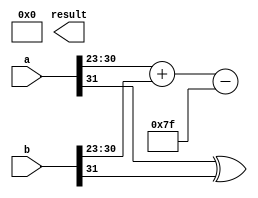
module floating_point_wallace_tree_multiplier #(
    parameter E = 8, // Number of exponent bits
    parameter M = 23, // Number of mantissa bits
    parameter BIAS = 127 // Bias for the exponent
)(
    input wire [E + M:0] a, // Input floating-point number A
    input wire [E + M:0] b, // Input floating-point number B
    output reg [E + M:0] result // Output floating-point number
);

    // Extract sign, exponent, and mantissa
    wire sign_a = a[E + M]; // Sign bit of A
    wire sign_b = b[E + M]; // Sign bit of B
    wire [E - 1:0] exp_a = a[E + M - 1:E + M - E]; // Exponent of A
    wire [E - 1:0] exp_b = b[E + M - 1:E + M - E]; // Exponent of B
    wire [M:0] mant_a = {1'b1, a[M - 1:0]}; // Mantissa of A (implicit leading 1)
    wire [M:0] mant_b = {1'b1, b[M - 1:0]}; // Mantissa of B (implicit leading 1)

    // Sign calculation
    wire sign_result = sign_a ^ sign_b;

    // Exponent calculation
    wire [E:0] exp_result = exp_a + exp_b - BIAS; // Result exponent (with bias adjustment)

    // Mantissa multiplication using Wallace tree
    wire [2*M:0] partial_products[M:0]; // Partial products
    genvar i, j;

    // Generate partial products
    generate
        for (i = 0; i < M + 1; i = i + 1) begin : pp_gen
            for (j = 0; j < M + 1; j = j + 1) begin : pp_inner
                assign partial_products[i][i + j] = mant_a[i] & mant_b[j]; // AND operation
            end
        end
    endgenerate

    // Wallace tree reduction (simplified)
    wire [2*M:0] sum[M:0];
    wire [2*M:0] carry[M:0];

    // Initial stage of reduction
    generate
        for (i = 0; i < M; i = i + 1) begin : reduction_stage
            assign sum[i] = partial_products[i] ^ partial_products[i + 1];
            assign carry[i] = partial_products[i] & partial_products[i + 1];
        end
    endgenerate

    // Further reduction stages would be implemented here
    // For simplicity, we will assume a final sum and carry are available
    wire [2*M:0] final_sum; // Final sum after reduction
    wire [2*M:0] final_carry; // Final carry after reduction

    // Normalization (simplified)
    reg [M:0] mant_result;
    reg [E:0] exp_final;
    always @(*) begin
        // Assuming final_sum is the result of the Wallace tree
        mant_result = final_sum[M + 1:M]; // Take the relevant bits
        exp_final = exp_result; // Adjust exponent if necessary
        // Normalization logic would go here
    end

    // Assemble final result
    always @(*) begin
        result = {sign_result, exp_final[E - 1:0], mant_result[M - 1:0]};
    end

endmodule